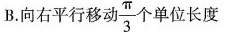
B.向右平行移动 \frac{ \pi }{3} 个单位长度